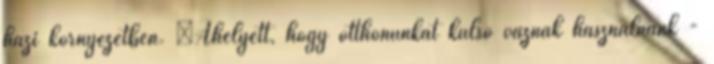
házi környezetben. „Ahelyett, hogy otthonunkat külső váznak használnánk -